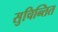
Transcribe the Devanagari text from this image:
सुचिन्तित